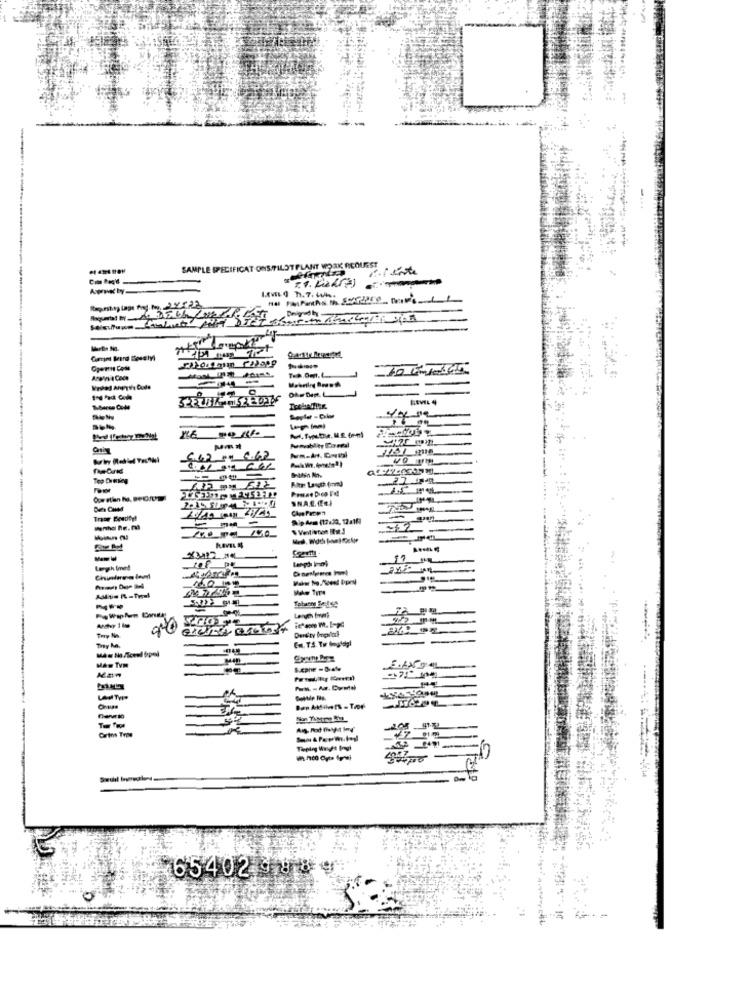
SAMPLE SPECIFICAT ONSPILOTPLANT WORK ACOUSST
APKty-
Raquartal thy 756/02/05
Mebring Branth
G.G2 .4 4.62
Altr Lauth fond
-
Trasy Beedtyl
& Ventiwton BEst3
Length forverd
Lerch forms
Derdry boyslar
Try No
They ho.
Man TVm
LAM TyPP
Crins Trie
65402 9289